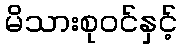
မိသားစုဝင်နှင့်